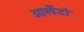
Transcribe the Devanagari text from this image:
ओर्लैंडो